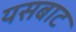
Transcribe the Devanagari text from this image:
यसबाट